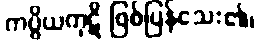
ကပ္ပိယကုဋိ ဖြစ်ပြန်သေး၏၊